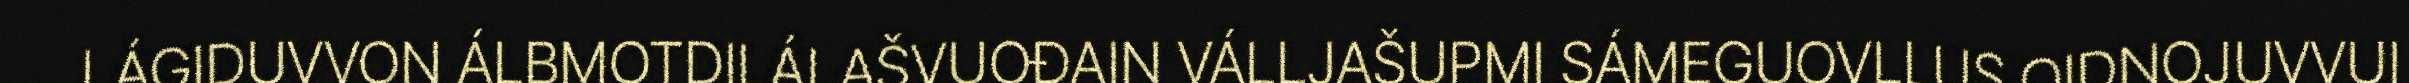
LÁGIDUVVON ÁLBMOTDILÁLAŠVUOĐAIN VÁLLJAŠUPMI SÁMEGUOVLLUS OIDNOJUVVUI